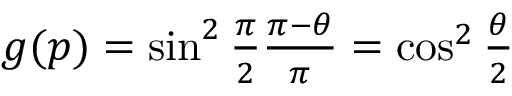
\begin{array} { r } { g ( p ) = \sin ^ { 2 } \frac { \pi } { 2 } \frac { \pi - \theta } { \pi } = \cos ^ { 2 } \frac { \theta } { 2 } } \end{array}